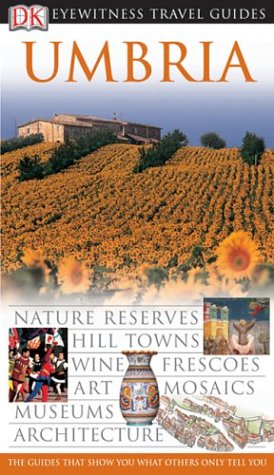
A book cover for DK Eyewitness Travel Guide: Umbria; DK Publishing; Travel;